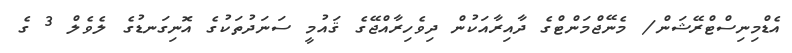
އެޑްމިނިސްޓްރޭޝަން/ މެނޭޖްމަންޓްގެ ދާއިރާއަކުން ދިވެހިރާއްޖޭގެ ޤައުމީ ސަނަދުތަކުގެ އޮނިގަނޑުގެ ލެވެލް 3 ގެ